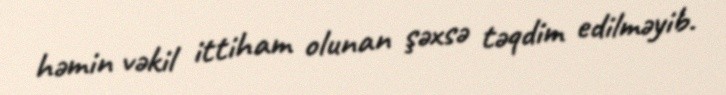
həmin vəkil ittiham olunan şəxsə təqdim edilməyib.